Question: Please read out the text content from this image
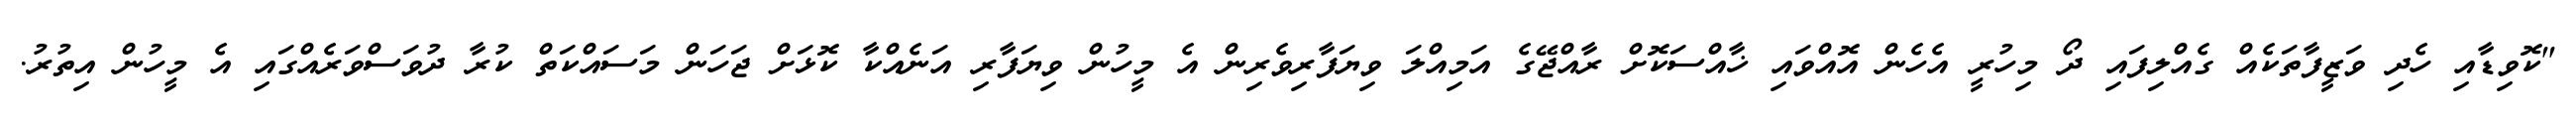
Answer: "ކޮވިޑާއި ހެދި ވަޒީފާތަކެއް ގެއްލިފައި ދޯ މިހުރީ އެހެން އޮއްވައި ޚާއްސަކޮށް ރާއްޖޭގެ އަމިއްލަ ވިޔަފާރިވެރިން އެ މީހުން ވިޔަފާރި އަނެއްކާ ކޮޅަށް ޖަހަން މަސައްކަތް ކުރާ ދުވަސްވަރެއްގައި އެ މީހުން އިތުރު.